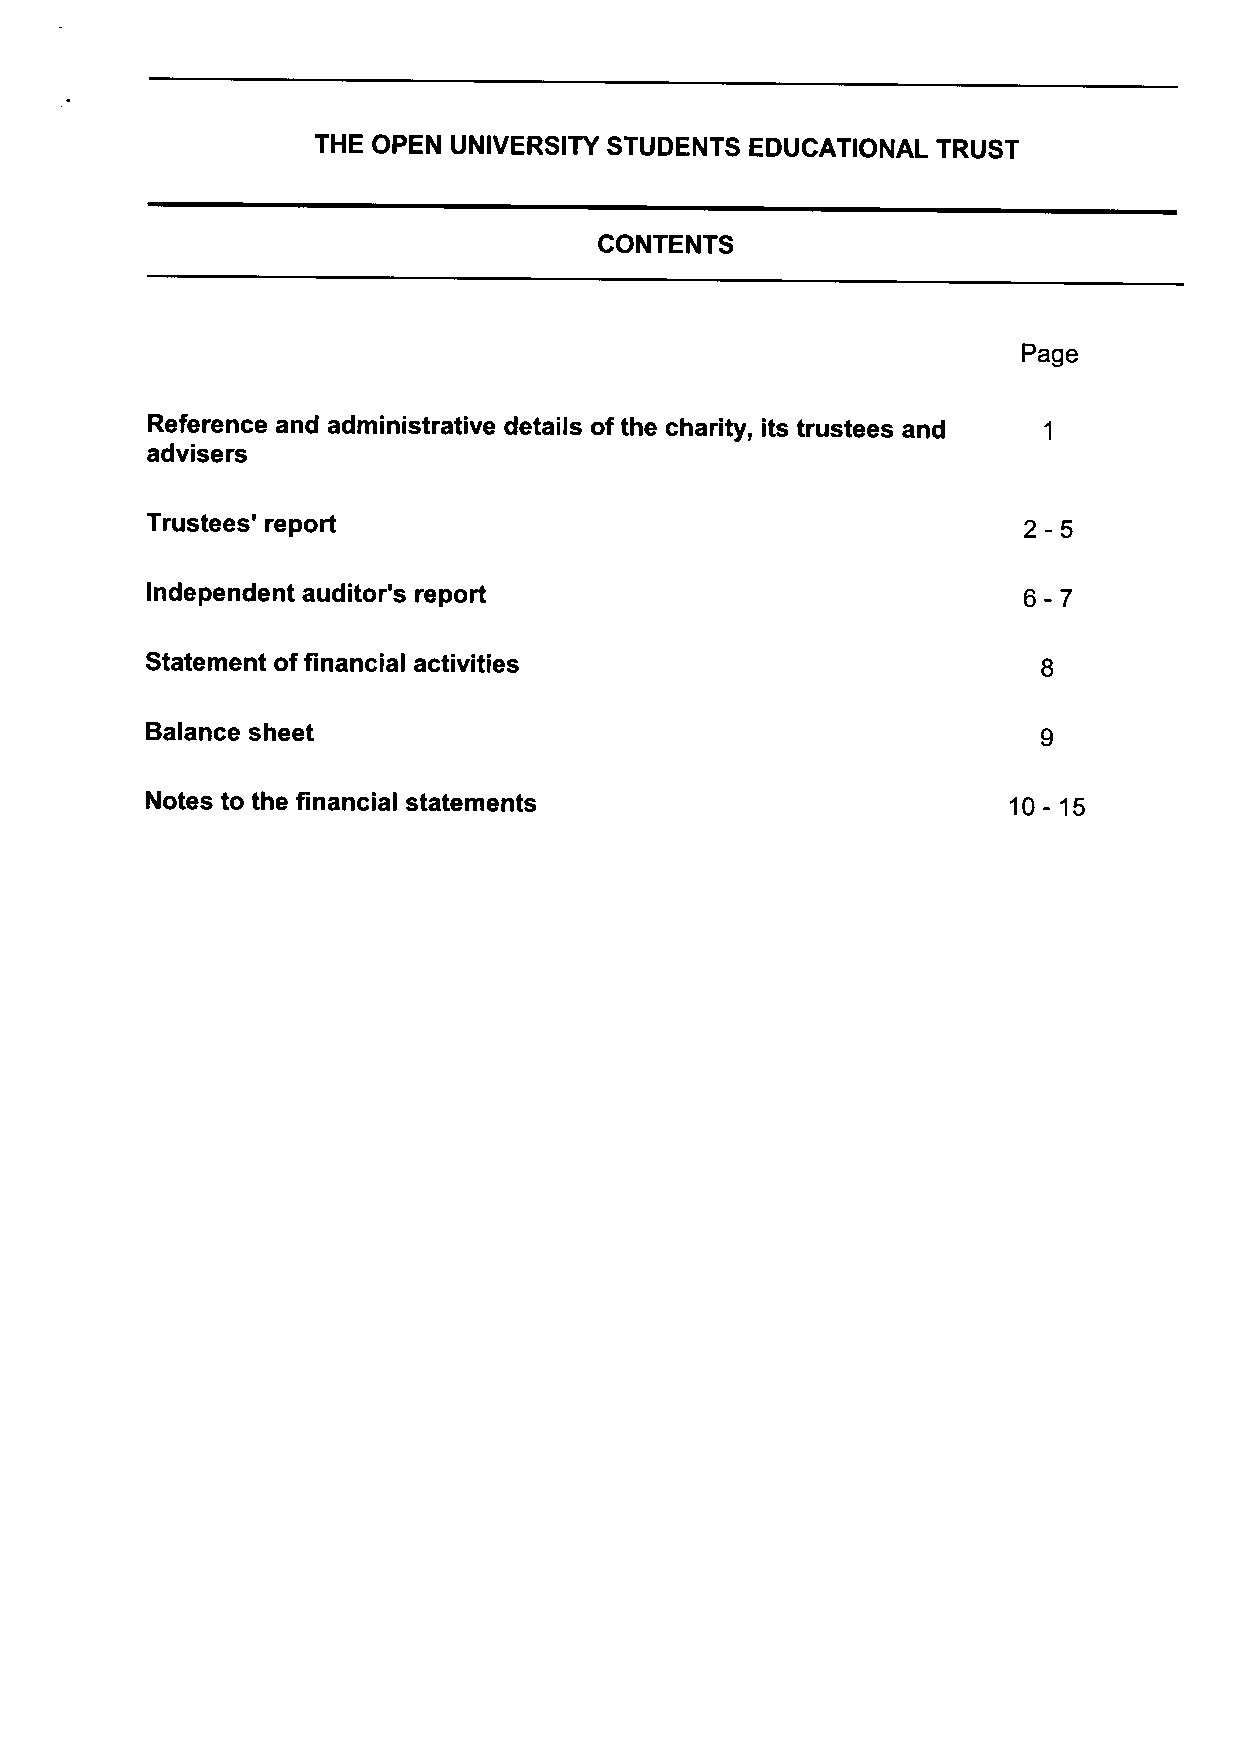
THE OPEN UNIVERSITY STUDENTS EDUCATIONAL TRUST
 CONTENTS
 Page
 Reference and administrative details ofthe charity, its trustees and
 advisers
 Trustees' report                                          2-5
 Independent auditor's report                              6-7
 Statement offinancial activities
 Balance sheet
 Notes to the financial statements                        10- 15